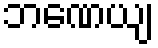
ဘဏေယျ